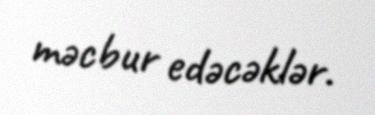
məcbur edəcəklər.